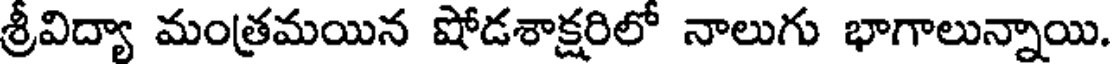
శ్రీవిద్యా మంత్రమయిన షోడశాక్షరిలో నాలుగు భాగాలున్నాయి.